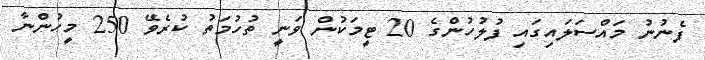
ފެނުނު މައްސަލައިގައި ފުލުހުންގެ 20 ޓީމަކުން ވަނީ ތުހުމަތު ކުރެވޭ 250 މީހުންނާ